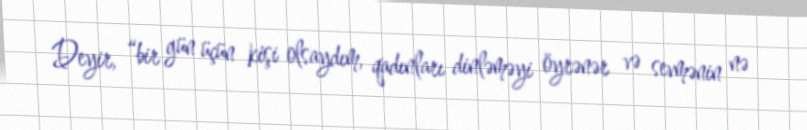
Deyir, “bir gün üçün kişi olsaydım, qadınları dinləməyi öyrənər və sevmənin nə